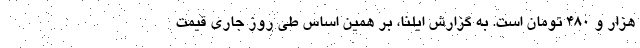
هزار و ۴۸۰ تومان است. به گزارش ایلنا، بر همین‌ اساس طی روز جاری قیمت